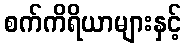
စက်ကိရိယာများနှင့်